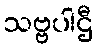
သဗ္ဗပါဌီ